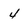
Character: 4